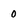
Character: 0